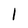
Character: I